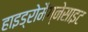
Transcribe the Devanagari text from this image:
हाइड्रोमैग्नेसाइट